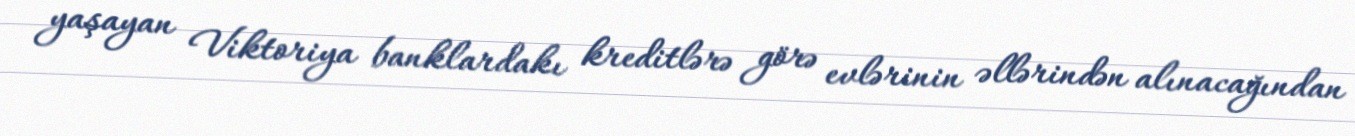
yaşayan Viktoriya banklardakı kreditlərə görə evlərinin əllərindən alınacağından